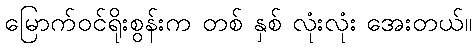
မြောက်ဝင်ရိုးစွန်းက တစ် နှစ် လုံးလုံး အေးတယ်။